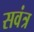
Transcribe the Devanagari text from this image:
सवंत्र